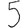
Digit: 5